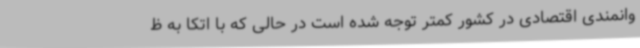
وانمندی اقتصادی در کشور کمتر توجه شده است در حالی که با اتکا به ظ